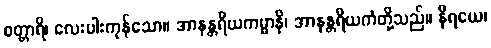
စတ္တာရိ၊ လေးပါးကုန်သော။ အာနန္တရိယကမ္မာနိ၊ အာနန္တရိယကံတို့သည်။ နိရယေ၊